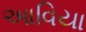
આવિયા